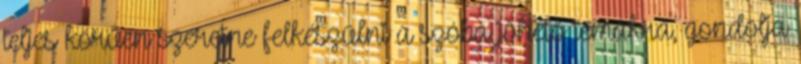
teljes körűen szeretne felkészülni a szóba jöhető témákra, gondolja